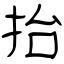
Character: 抬